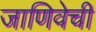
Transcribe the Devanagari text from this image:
जाणिवेची